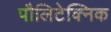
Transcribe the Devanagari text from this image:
पौलिटेक्निक